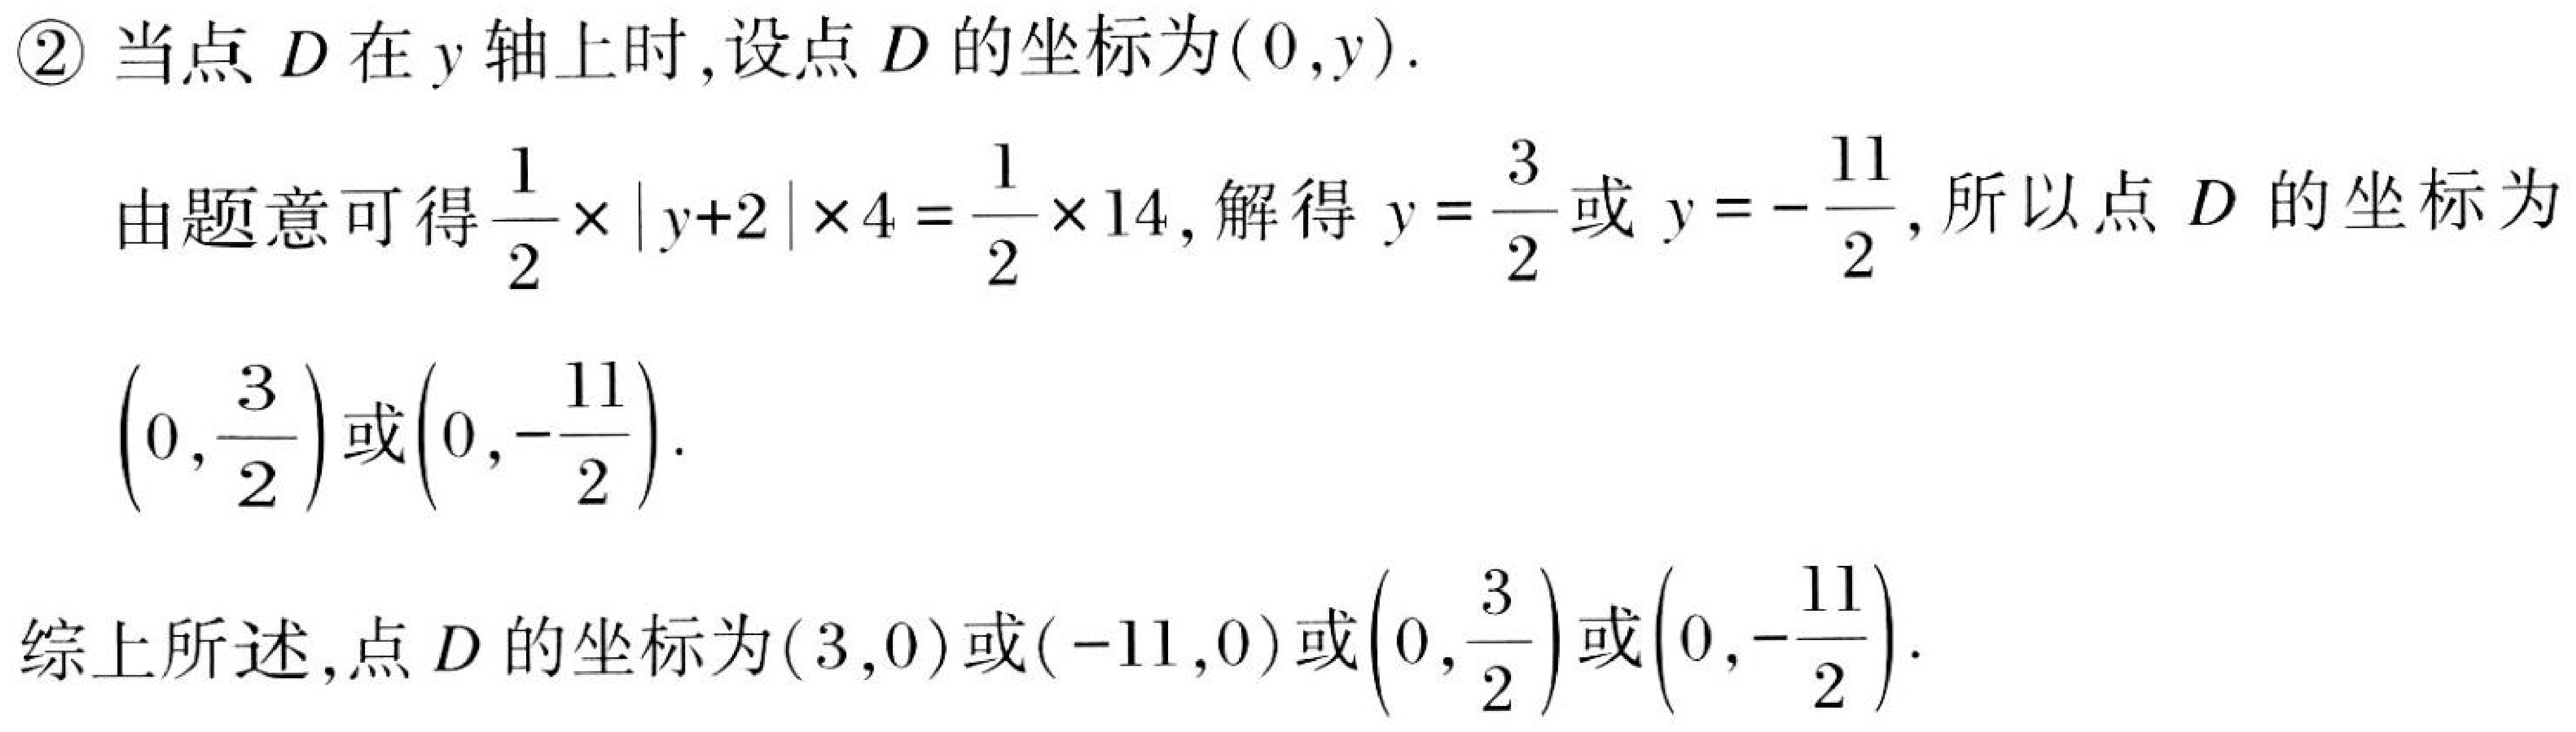
\textcircled{2}当点 \(D\) 在 \(y\) 轴上时,设点 \(D\) 的坐标为\((0,y)\).
由题意可得\(\frac{1}{2}\times|y + 2|\times4=\frac{1}{2}\times14\),解得 \(y=\frac{3}{2}\)或 \(y=-\frac{11}{2}\),所以点 \(D\) 的坐标为 \(\left(0,\frac{3}{2}\right)\)或\(\left(0,-\frac{11}{2}\right)\).
综上所述,点 \(D\) 的坐标为\((3,0)\)或\((-11,0)\)或\(\left(0,\frac{3}{2}\right)\)或\(\left(0,-\frac{11}{2}\right)\).